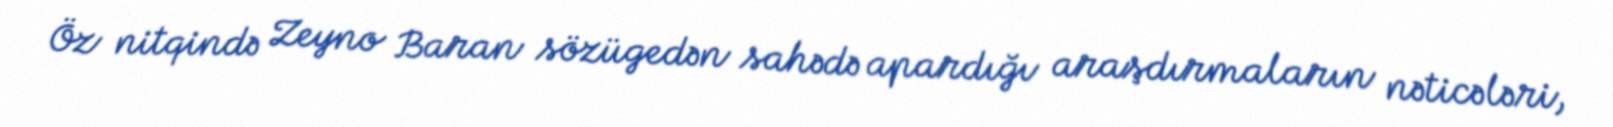
Öz nitqində Zeyno Baran sözügedən sahədə apardığı araşdırmaların nəticələri,